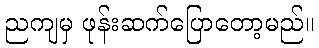
ညကျမှ ဖုန်းဆက်ပြောတော့မည်။